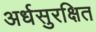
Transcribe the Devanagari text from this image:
अर्धसुरक्षित